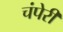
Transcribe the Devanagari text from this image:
चंपेरी